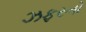
ઝફરનો